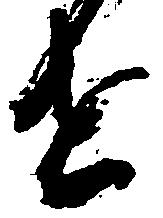
せ